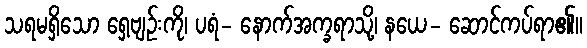
သရမရှိသော ရှေ့ဗျဉ်းကို၊ ပရံ- နောက်အက္ခရာသို့၊ နယေ- ဆောင်ကပ်ရာ၏။